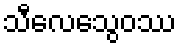
သီလေသွေဝဿ